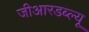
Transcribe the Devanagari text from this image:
जीआरडब्ल्यू